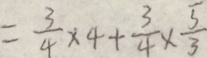
= \frac { 3 } { 4 } \times 4 + \frac { 3 } { 4 } \times \frac { 5 } { 3 }